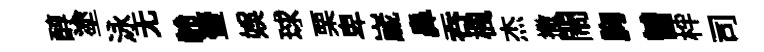
醇塗泳无龄壷娱球栗卑𡻕鼻吞楓杰撒閙胸曽柈司